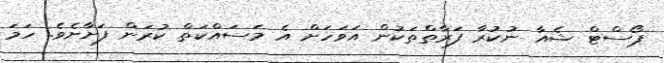
ޕޯސްޓް ޝެއާ ނުކުރާ ފަރާތްތަކުން އަވަހަށް އެ މަސައްކަތް ކުރަން ފަށާށެވެ. ހަމަ